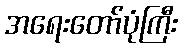
အရေးတော်ပုံကြီး